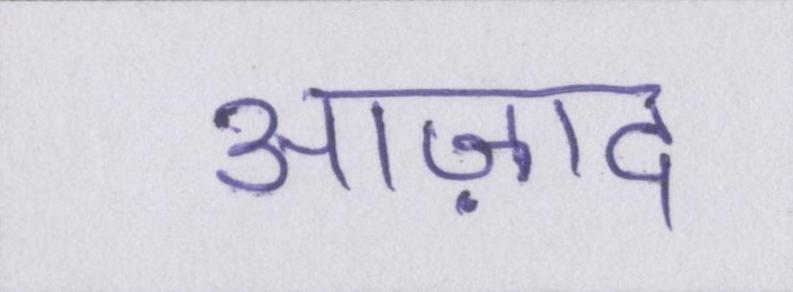
आज़ाद